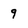
Character: 9